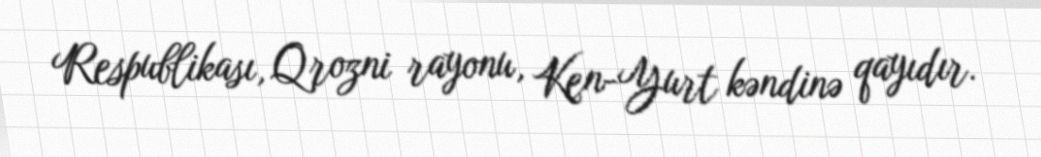
Respublikası, Qrozni rayonu, Ken-Yurt kəndinə qayıdır.